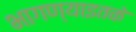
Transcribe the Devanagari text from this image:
भागण्याइतके